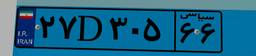
۵۳D۸۳۴۹۱